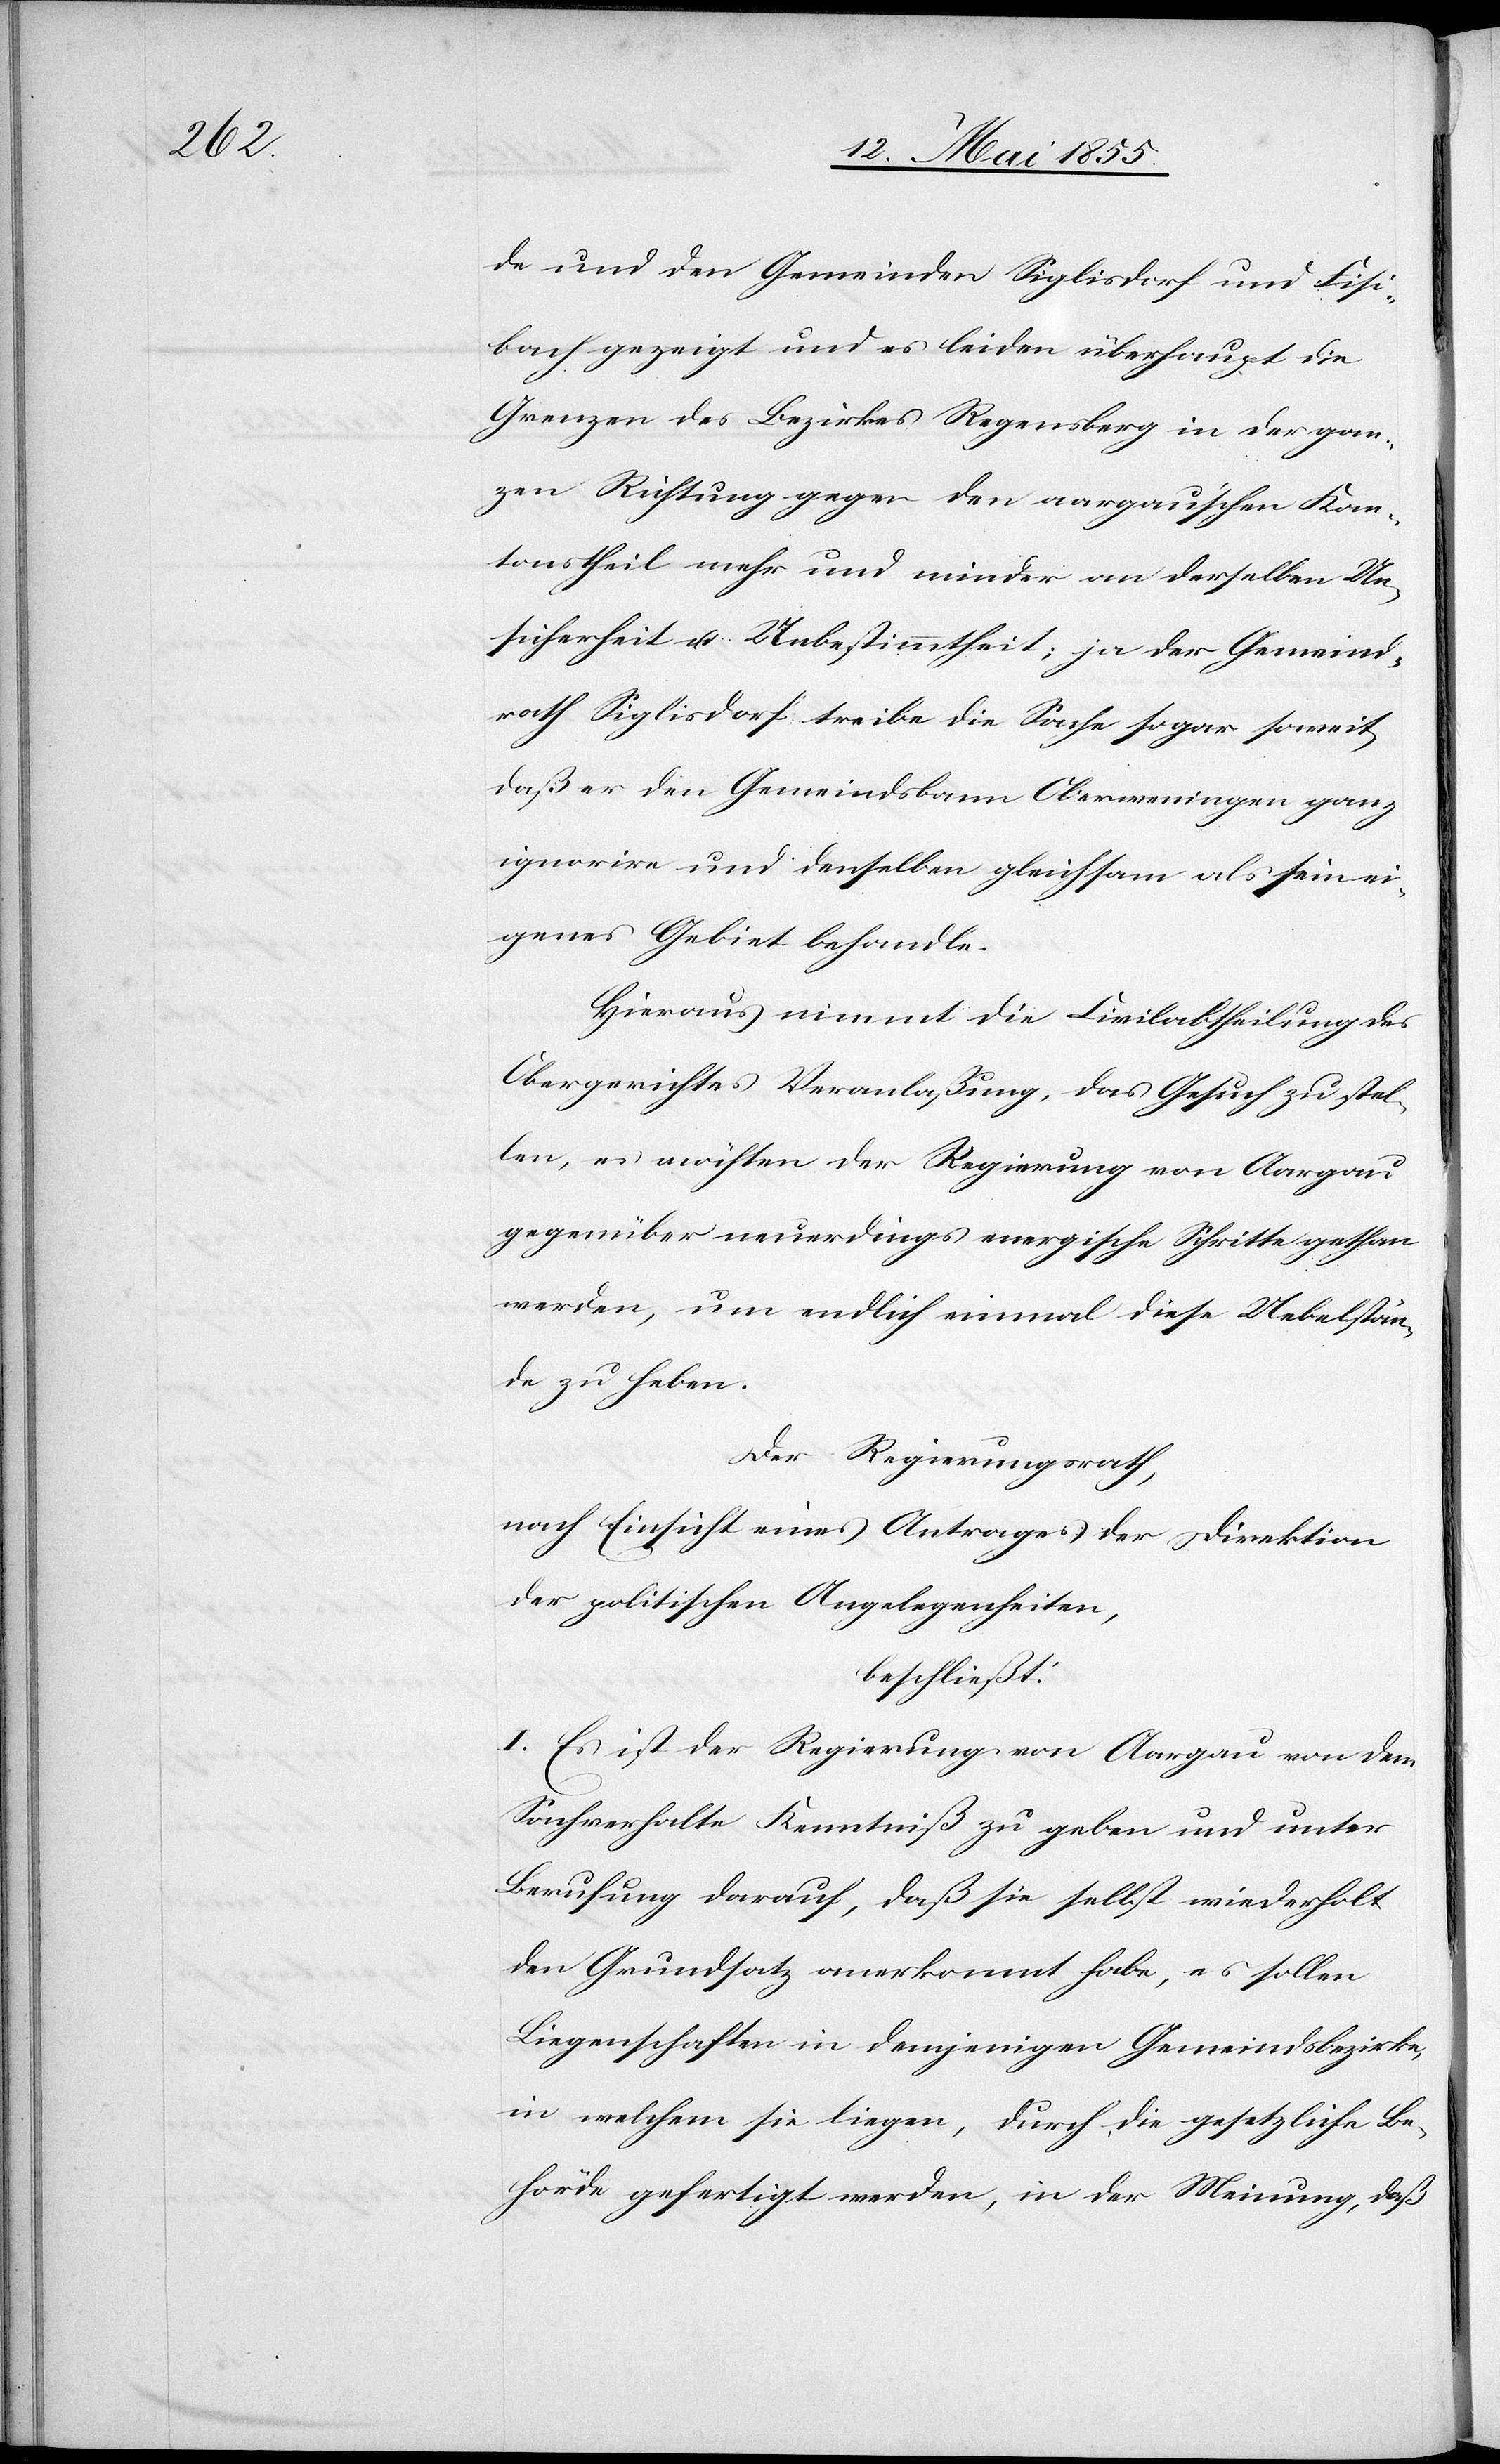
de und den Gemeinden Siglisdorf und Fisi¬
bach gezeigt und es leiden überhaupt die
Grenzen des Bezirkes Regensberg in der gan¬
zen Richtung gegen den aargau’schen Kan¬
tonstheil mehr und minder an derselben Un¬
sicherheit u. Unbestimmtheit; ja der Gemeind¬
rath Siglisdorf treibe die Sache sogar soweit,
daß er den Gemeindsbann Oberweningen ganz
ignorire und denselben gleichsam als sein ei¬
genes Gebiet behandle.
Hieraus nimmt die Civilabtheilung des
Obergerichtes Veranlaßung, das Gesuch zu stel¬
len, es möchten der Regierung von Aargau
gegenüber neuerdings energische Schritte gethan
werden, um endlich einmal diese Uebelstän¬
de zu heben.
Der Regierungsrath,
nach Einsicht eines Antrages der Direktion
der politischen Angelegenheiten,
beschließt:
I. Es ist der Regierung von Aargau von dem
Sachverhalte Kenntniß zu geben und unter
Berufung darauf, daß sie selbst wiederholt
den Grundsatz anerkannt habe, es sollen
Liegenschaften in demjenigen Gemeindsbezirke,
in welchem sie liegen, durch die gesetzliche Be¬
hörde gefertigt werden, in der Meinung, daß